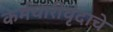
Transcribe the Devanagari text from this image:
कर्मचारीवृंदाचे